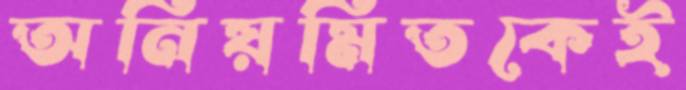
অনিয়মিতকেই